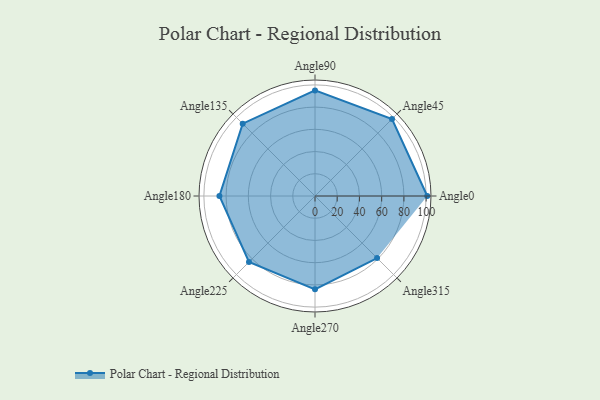
{"axis": {"x": "Angle", "y": "Radius"}, "legend": [""], "data": [{"x": "Angle0", "y": 101.0, "type": ""}, {"x": "Angle45", "y": 98.0, "type": ""}, {"x": "Angle90", "y": 95.0, "type": ""}, {"x": "Angle135", "y": 92.0, "type": ""}, {"x": "Angle180", "y": 86.0, "type": ""}, {"x": "Angle225", "y": 84.0, "type": ""}, {"x": "Angle270", "y": 84.0, "type": ""}, {"x": "Angle315", "y": 79.0, "type": ""}]}